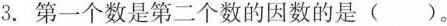
3.第一个数是第二个数的因数的是()。